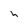
Character: h